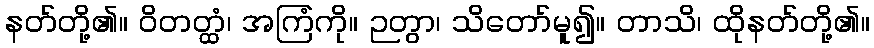
နတ်တို့၏။ ဝိတတ္ထံ၊ အကြံကို။ ဉတွာ၊ သိတော်မူ၍။ တာသိ၊ ထိုနတ်တို့၏။